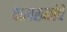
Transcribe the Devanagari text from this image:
पालख्यांचे